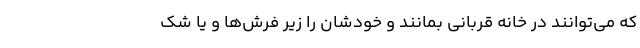
که می‌توانند در خانه قربانی بمانند و خودشان را زیر فرش‌ها و یا شک